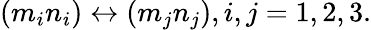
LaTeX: \begin{array}{lcr}{{(m_{i}n_{i})\leftrightarrow(m_{j}n_{j}),i,j=1,2,3.}}\end{array}